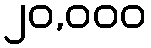
၂၀,၀၀၀